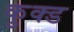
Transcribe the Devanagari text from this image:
कुक्ड